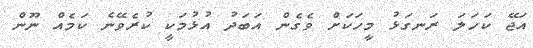
އަޖޭ ކަހަލަ ރަނގަޅު މީހަކަށް ވެގެން އަބަދު އުޅުމަކީ ކުރެވޭނެ ކަމެއް ނޫން